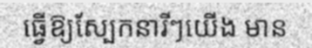
ធ្វើឱ្យស្បែកនារីៗយើង មាន